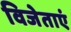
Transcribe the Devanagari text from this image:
विजेताएं